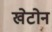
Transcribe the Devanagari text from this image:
खेटोन